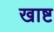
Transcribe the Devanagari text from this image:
खाष्ट